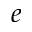
e